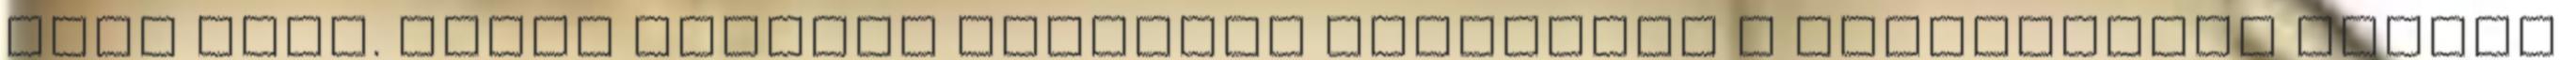
pult mögé. Eszti masszőr alaposan meggyúrja a Fröccskölők teljes